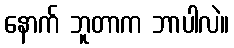
နောက် ဘူတာက ဘာပါလဲ။